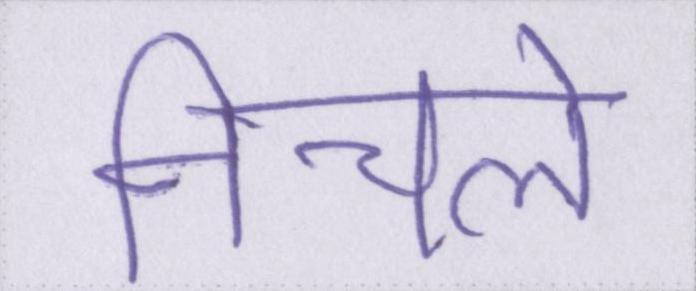
निचले